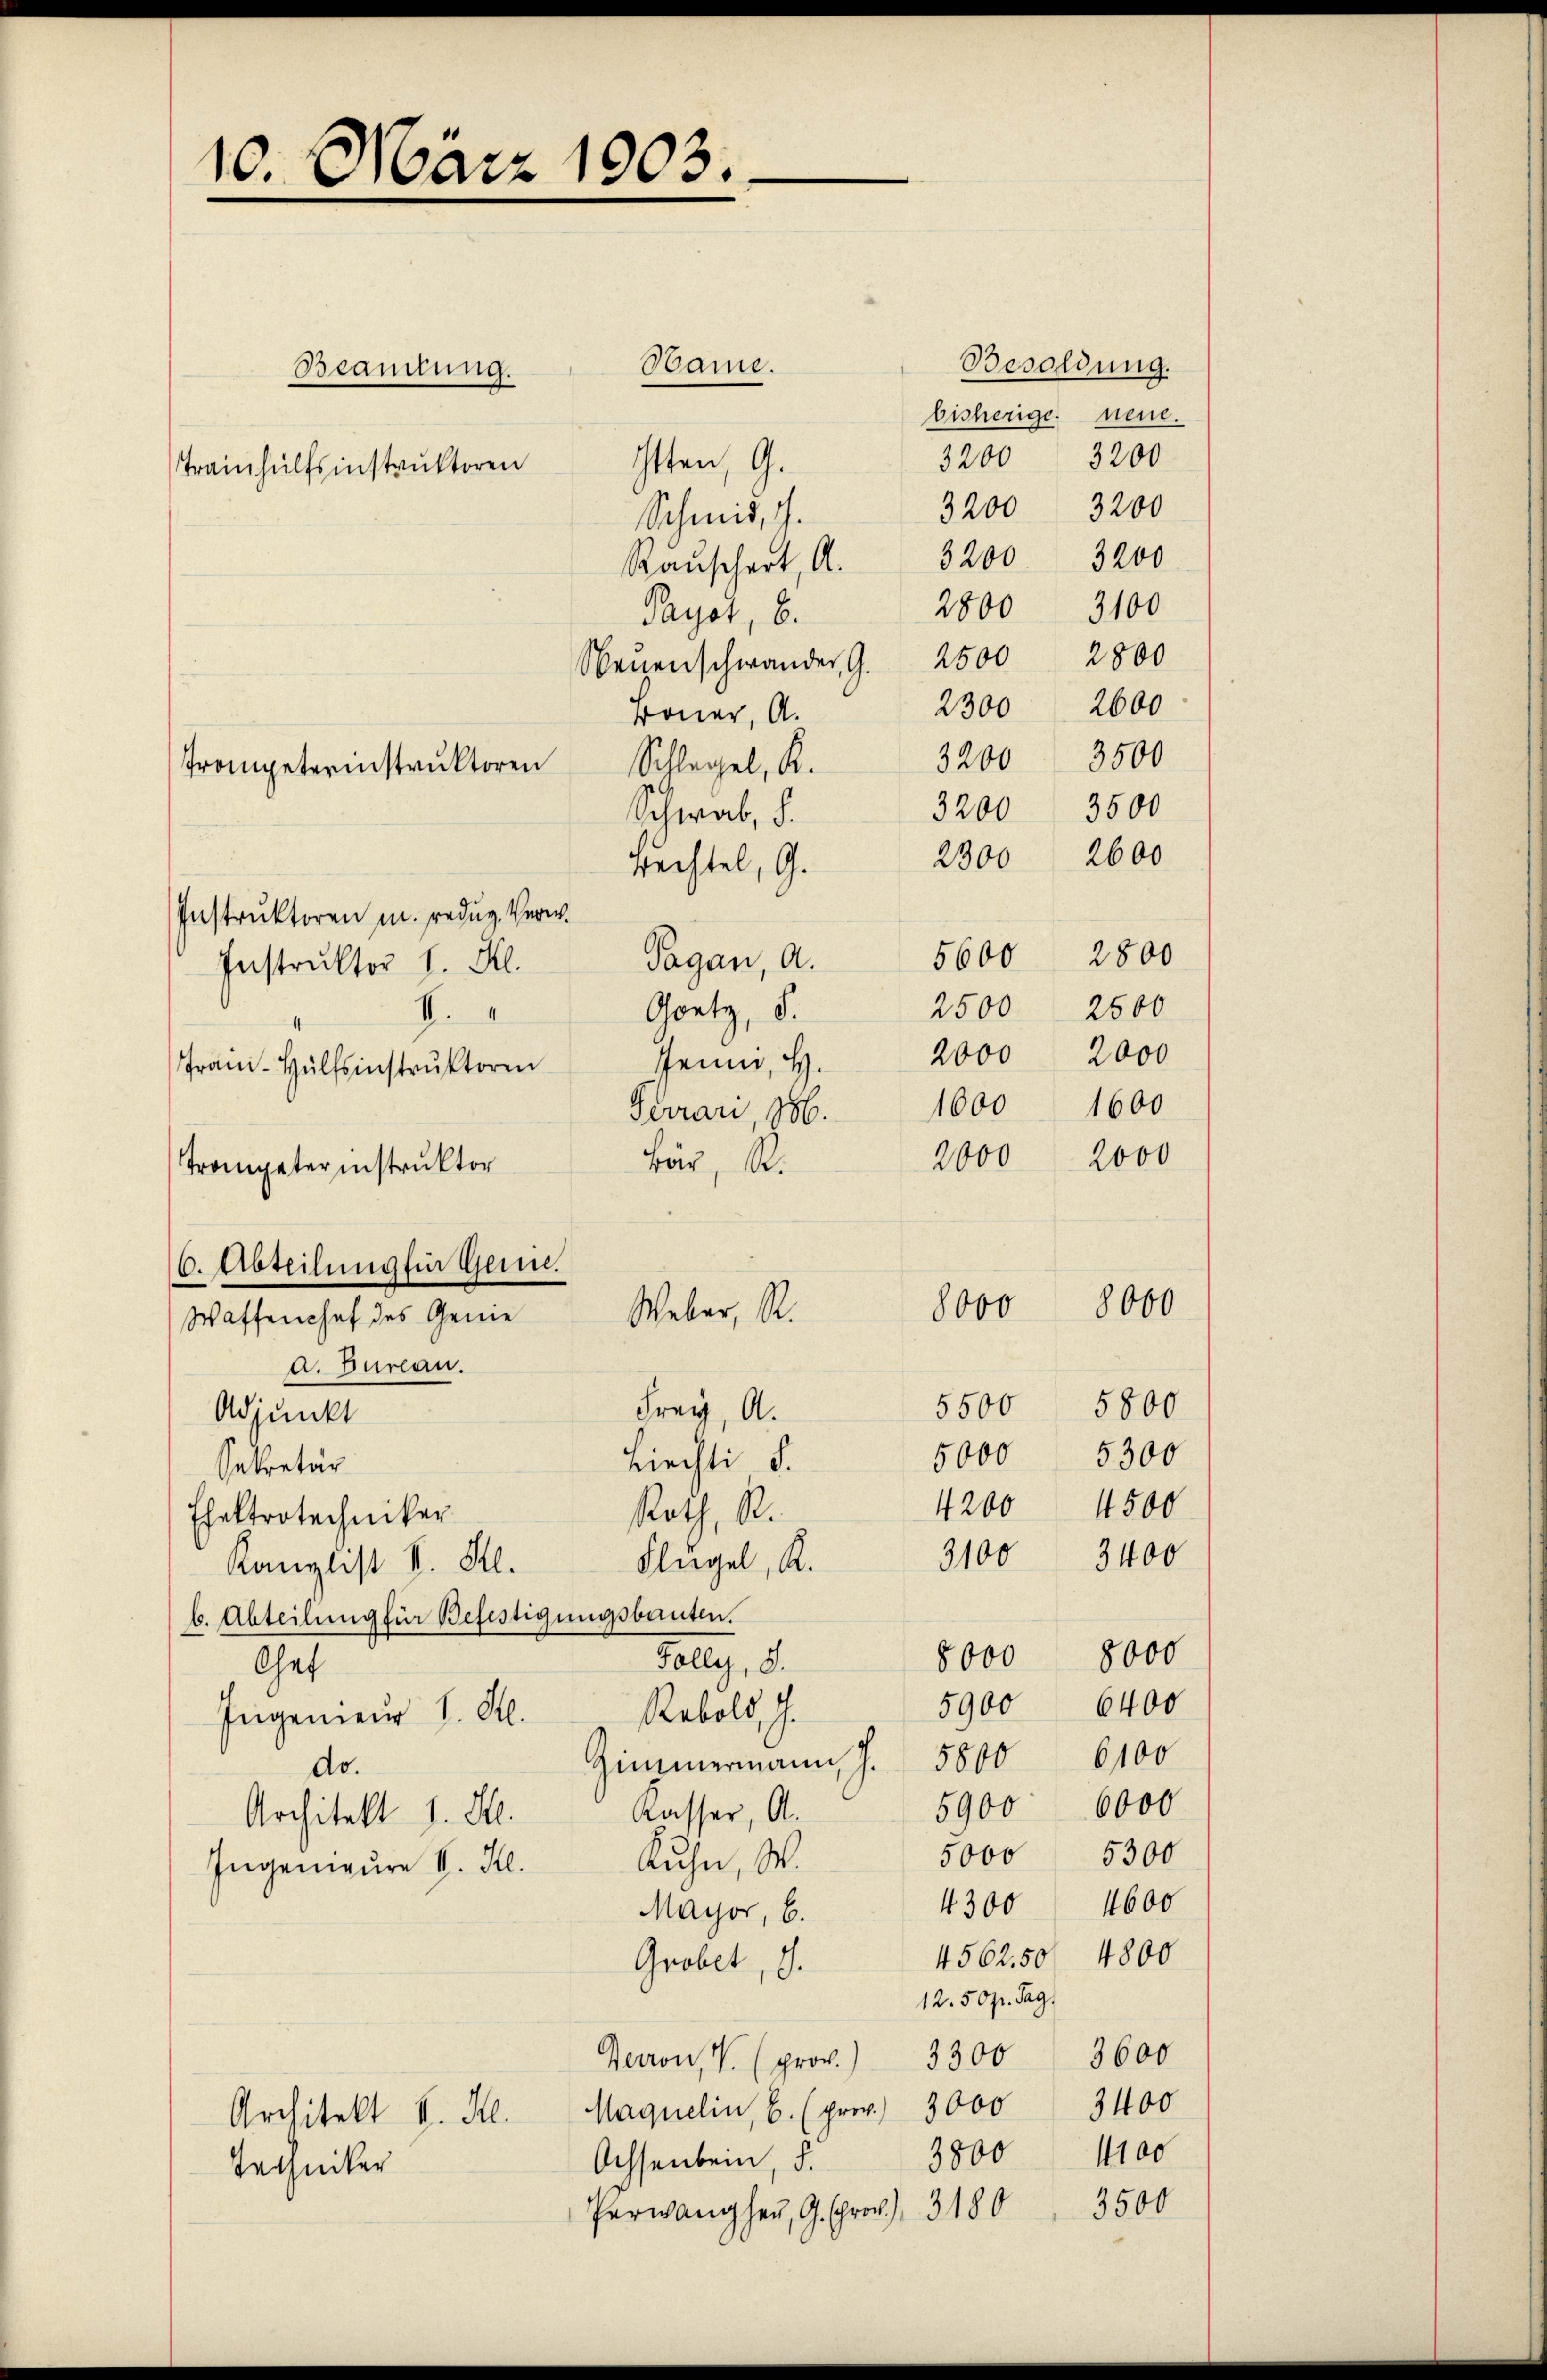
10. März 1903.

Itten, G.
Schmid, G.
Ranschert, A.
Payot, 6.
Neuenschwander, G. 2500 2800
Boner, A.
Schlegel, K.
Schwab, d.
Fechtel, G.
Instruktoren u. redug, Verw
Tagan, A.
Instruktor 1. Al.
I.
ran-Hülfsinstrŭktoren sein, H.
Terran, 186.
Bär, R.
Trompeterinstruktor
6. Abteilung für Gen.
Weber, R.
Waffenchef des Geme
a. Bureau.
Frey, A.
Adjunkt
Liechti S.
sekretär
Rath, A.
Ehektrotechniker
Flügel, K.
Kanzlist II S.
b. Abteilung für Befestigungsbauten.
Folly, 8.
Chef
Rebold, J.
Ingenieur 1. Al.
Zimmermann J.
do.
Kasser, Al.
Architekt 1. Ill.
Kuhn, W.
Ingenieure V. Kl.
Mayor, b.
Grobet, I.
Perron, V. (prov.)
Maquelin, b. (prov. 3000
Architekt v. Ill.
Achsenbein, d.
Techniker
Verwang her, G. Fro), 3180

Trainhülfsinstruktoren

Beamtung.

Trompeterinstruktoren

Hame.

Goetz, d.

8000

Besoldung.
bisherige neue.
3200 3200
3200 3200
3200 3200
2800 3100
2300 2600
3200 3500
3500
3200
2300 2600
5600 2800
2500 2500
2000 2000
1600 1600
2000
2000

8000

5500 5800
5000
5300
4500
4200
3100 3400
8000 8000
6400
5900
5800 6100
5900 6000
5000 5300
4600
4300
4562. 50 4800
12.50 pr. Tag.
3300 3600
3400
3800 1100

3500